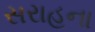
સરાહના